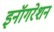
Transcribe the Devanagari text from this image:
इनॉगरेशन